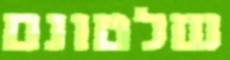
שלטונם